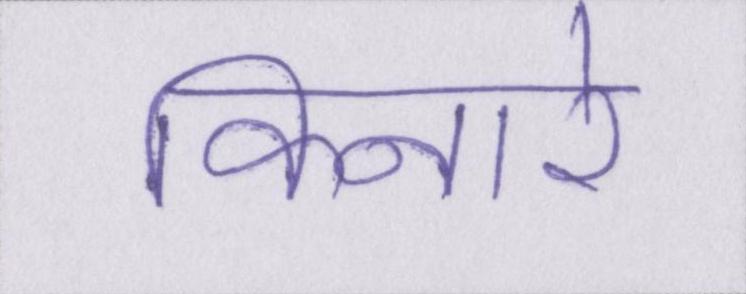
किनारे